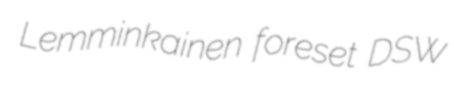
Lemminkainen foreset DSW